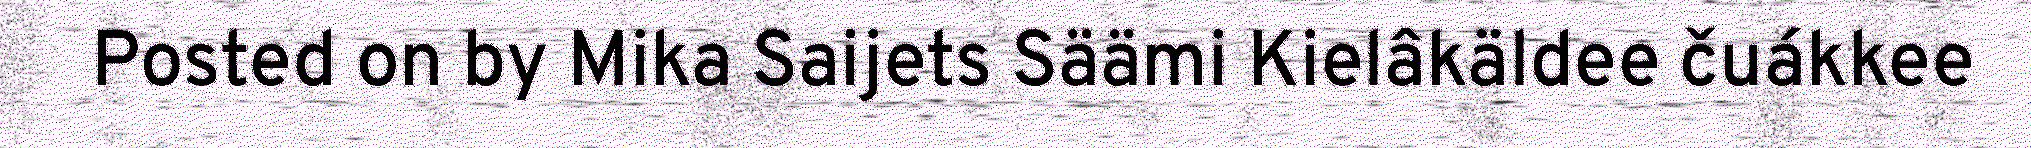
Posted on by Mika Saijets Säämi Kielâkäldee čuákkee